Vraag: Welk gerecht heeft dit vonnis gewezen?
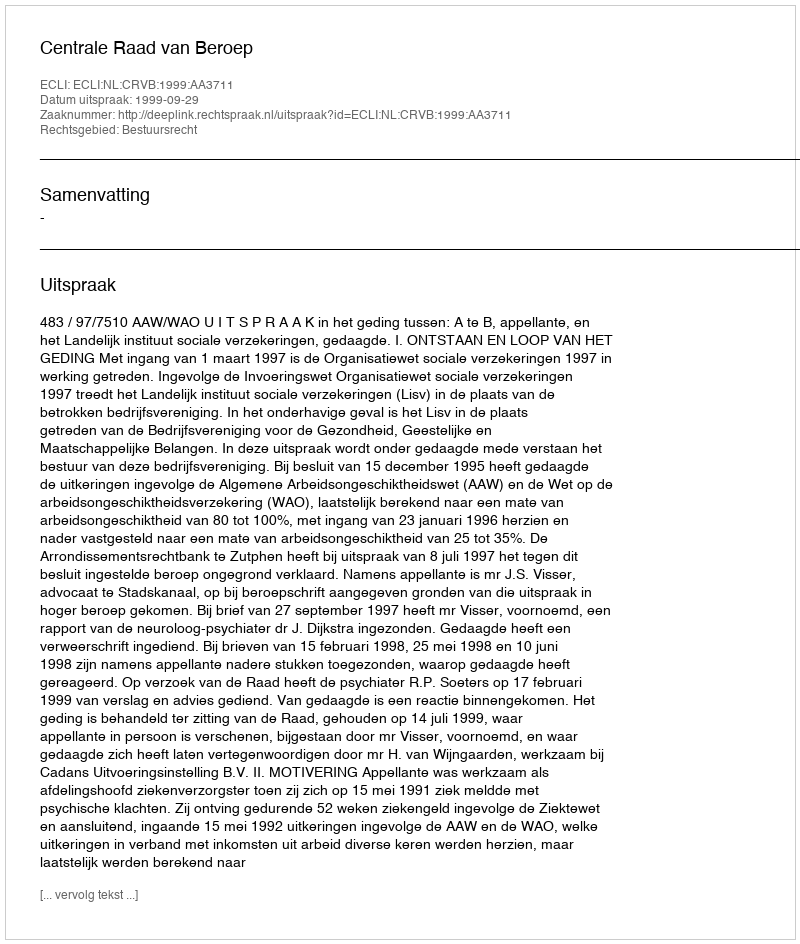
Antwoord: Centrale Raad van Beroep